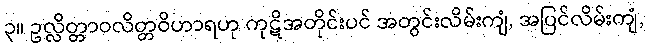
၃။ ဥလ္လိတ္တာဝလိတ္တဝိဟာရဟု ကုဋိအတိုင်းပင် အတွင်းလိမ်းကျံ, အပြင်လိမ်းကျံ,